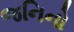
જનિનો